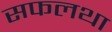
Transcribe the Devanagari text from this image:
सफलथा